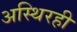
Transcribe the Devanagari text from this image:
अस्थिरही